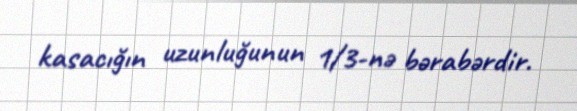
kasacığın uzunluğunun 1/3-nə bərabərdir.